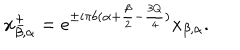
x _ { \beta , \alpha } ^ { \pm } = e ^ { \pm i \pi b ( \alpha + \frac { \beta } { 2 } - \frac { 3 Q } { 4 } ) } x _ { \beta , \alpha } .